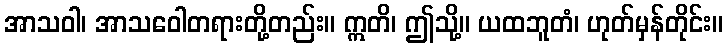
အာသဝါ၊ အာသဝေါတရားတို့တည်း။ ဣတိ၊ ဤသို့။ ယထဘူတံ၊ ဟုတ်မှန်တိုင်း။